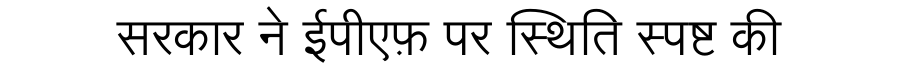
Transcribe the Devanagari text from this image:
सरकार ने ईपीएफ़ पर स्थिति स्पष्ट की